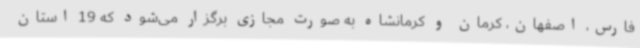
فارس، اصفهان، کرمان و کرمانشاه به صورت مجازی برگزار می‌شود که 19 استان